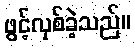
ဖွင့်လှစ်ခဲ့သည်။